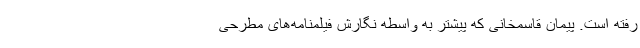
رفته است. پیمان قاسمخانی که پیشتر به واسطه نگارش فیلمنامه‌های مطرحی